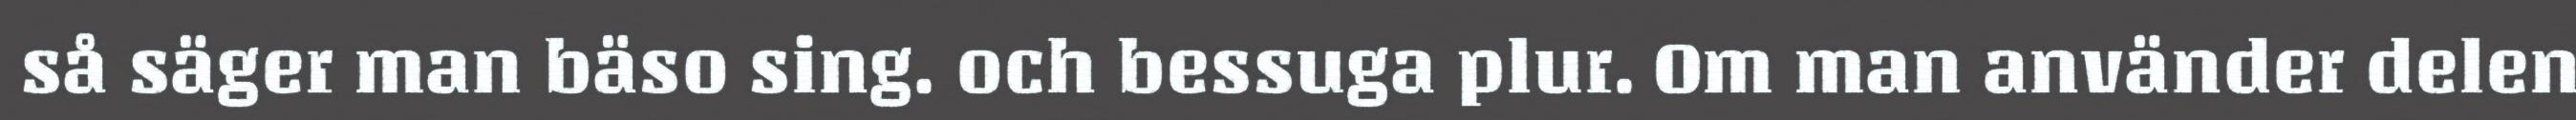
så säger man bäso sing. och bessuga plur. Om man använder delen